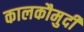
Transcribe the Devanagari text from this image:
कालकौमुदी